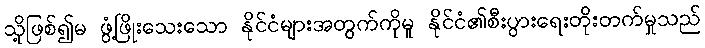
သို့ဖြစ်၍မ ဖွံ့ဖြိုးသေးသော နိုင်ငံများအတွက်ကိုမူ နိုင်ငံ၏စီးပွားရေးတိုးတက်မှုသည်